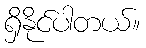
ရှိနိုင်ပါတယ်။